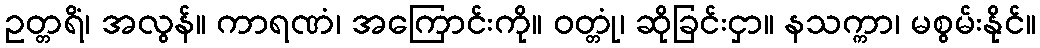
ဥတ္တရိံ၊ အလွန်။ ကာရဏံ၊ အကြောင်းကို။ ဝတ္တုံ၊ ဆိုခြင်းငှာ။ နသက္ကာ၊ မစွမ်းနိုင်။